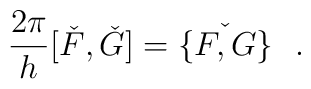
\frac{2\pi }{h}[\check{F},\check{G}]=\check{\{ F,G\} }~~.